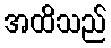
အထိသည်